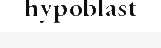
hypoblast